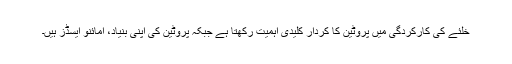
خلئے کی کارکردگی میں پروٹین کا کردار کلیدی اہمیت رکھتا ہے جبکہ پروٹین کی اپنی بنیاد، امائنو ایسڈز ہیں۔